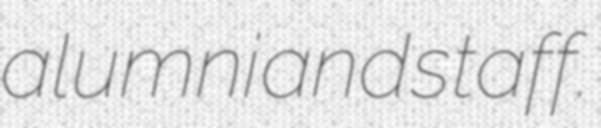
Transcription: alumni and staff.